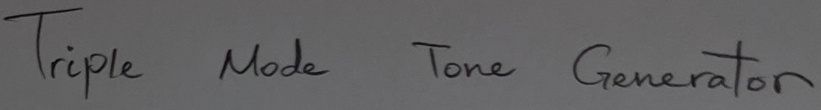
Text: Triple Mode Tone Generator